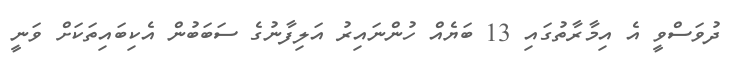
ދުވަސްވީ އެ އިމާރާތުގައި 13 ބަޔެއް ހުންނައިރު އަލިފާނުގެ ސަބަބުން އެކިބައިތަކަށް ވަނީ